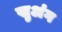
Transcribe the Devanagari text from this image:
खुअंग